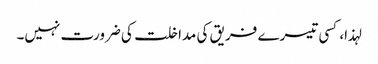
لہذا، کسی تیسرے فریق کی مداخلت کی ضرورت نہیں۔